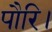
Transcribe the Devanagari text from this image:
पौरि।